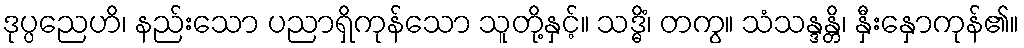
ဒုပ္ပညေဟိ၊ နည်းသော ပညာရှိကုန်သော သူတို့နှင့်။ သဒ္ဓိံ၊ တကွ။ သံသန္ဒန္တိ၊ နှီးနှောကုန်၏။